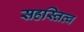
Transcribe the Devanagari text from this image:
सहस्तित्व